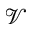
\mathcal { V }